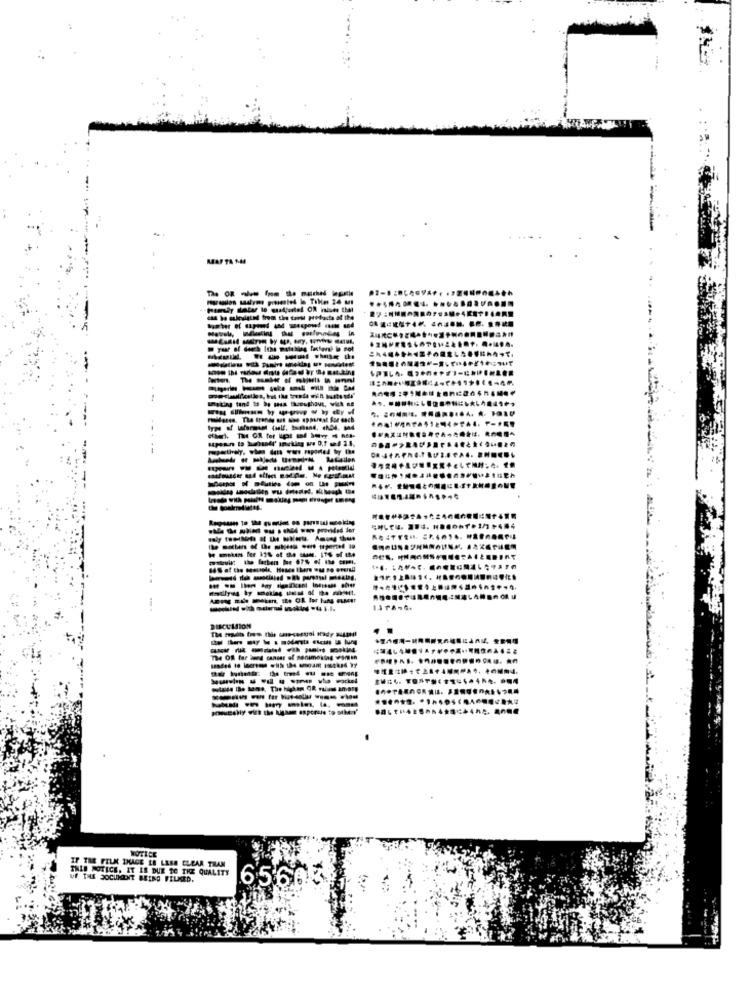
-----
W yar of doch Icha matching fasten) b not
---------
--------
-------
--------
DISCUSSION
--------
The OR for bund cansar of mensmoking waren
NOTICE
IF THE FILK IMAGE LE LESS CLEAR THAN
THIS NOTICE, IT IS DUE TO THE QUALITY
OF THE DOCUMENT BEING FELMED.
65603